Calcutta medical institutions reports 1871-78
Year: 1871
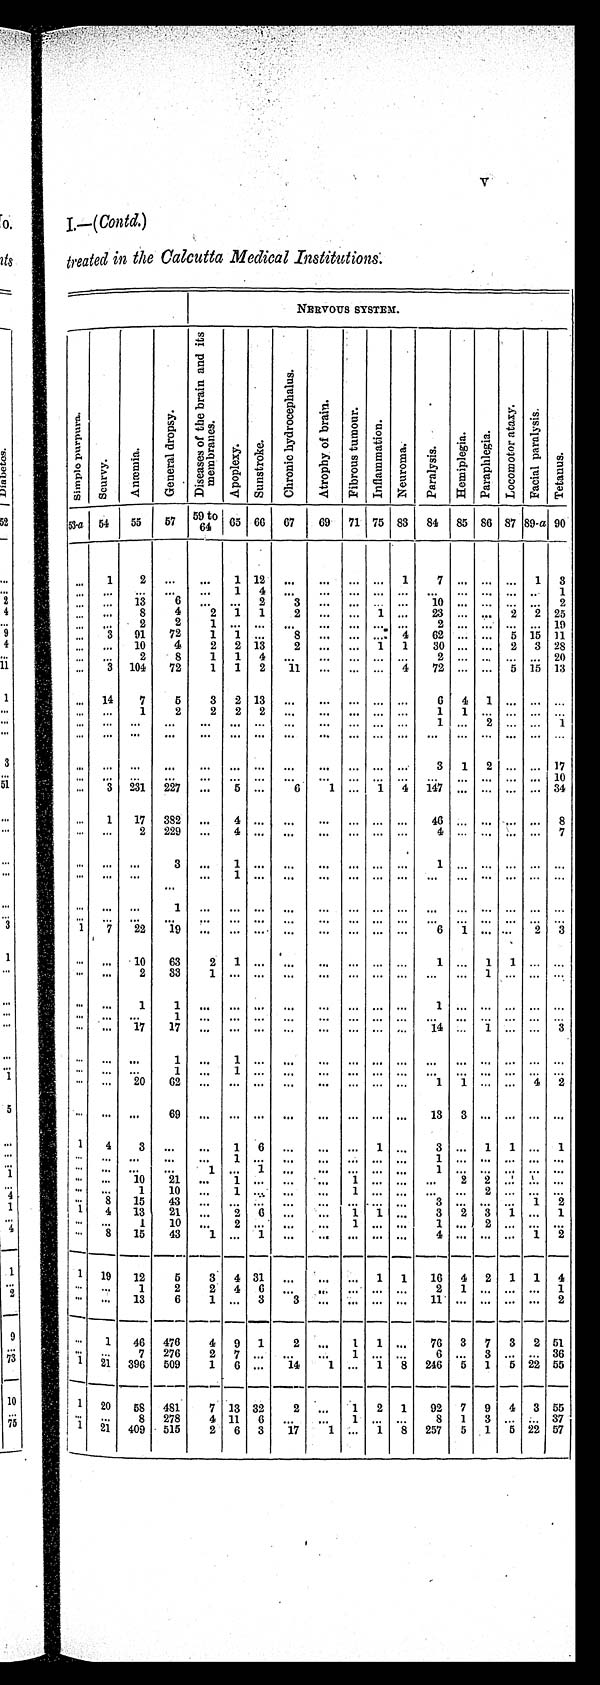
V
I.—( Contd. )
treated in the Calcutta Medical Institutions.
NERVOUS SYSTEM.
S i m p l e p u r p u r a .
S c u r v y .
Anæmi a .
G e n e r a l d r o p s y .
D i s e a s e s o f t h e b r a i n a n d i t s
m e m b r a n m e s .
A p o p l e x y . S u n s t r o k e .
C h r o n i c h y d r o c e p h a l u s .
A t r o p h y o f b r a i n .
F i b r o u s t u m o u r .
I n f l a m m a t i o n .
Ne u r o ma .
P a r a l y s i s .
H e m i p l e g i a . P a r a p h l e g i a .
L o c o m o t o r a t a x y . F a c i a l p a r a l y s i s .
T e t a n u s .
53-a 54 55 57 59 to
64 65 66 67 69 71 75 83 84 85 86 87 89-a 90
. . . 1
2 ... ... 1 12 ... ... ... ... 1
7 ... ... ... 1 3
... ... ...
. . . ... 1 4
. . .
. . . ...
. . . . . .
. . . ... . . . . . . . . . 1
. . . . . . 13
6 . . .
. . . 2
3
. . . ...
. . . . . . 10 ...
. . . . . . . . . 2
. . . . . .
8
4
2 1 1
2
. . . ... 1
. . . 23 ...
. . . 2 2 25
. . .
. . . 2
2
1 ......
. . .
. . . ...
. . . . . . 2 ...
. . . . . .
. . . 19
. . . 3 91 72
1
1 ...
8
. . . ...
. . . 4 62 ... ...
5 15 11
. . . . . . 10
4
2 2 13
2 ... ... 1 1 30 ... ... 2 3 28
. . . . . .
2
8
1 1 4
. . .
. . . ... . . . . . .
2 ...
. . . ... ... 20
... 3 104 72
1 1 2 11
. . . ...
. . . 4 72 ... ... 5 15 13
. . . 14
7
5
3 2 13
. . . . . . ...
. . . . . .
6 4 1 ... ... ...
. . . . . . 1
2
2 2 2
. . . . . . ...
. . . . . .
1 1
. . . . . . . . . . . .
. . . ... ... ... ... ... ... ...
. . . ... ... ...
1 ...
2 . . . . . . 1
. . . . . .
. . .
. . .
. . .
. . . ...
. . .
. . . ... . . . . . .
. . . ... . . . . . . . . . . . .
. . . . . .
. . .
. . .
. . . ......
. . .
. . . ...
. . . . . . 3 1 2 ... ... 17
... ... ... ... ... ... ...
. . . ... ... ... ... ... ... .., ... ... 10
. . . 3 231 227 ... 5 ...
6
1 ... 1 4 147 ... ... ... ... 34
. . . 1
1 7
3 8 2
...
4 ...
. . .
. . . ...
. . . . . .
4 6
...
. . . . . . . . . 8
. . . . . .
2
2 2 9
...
4 ...
. . .
. . . ...
. . . . . .
4 ...
. . . . . . . . . 7
. . .
... ...
3 ...
1 ...
. . .
. . . ...
. . . . . .
1 ...
. . . . . . . . . . . .
. . .
. . . ... ...
. . . 1 ...
. . .
. . . ...
. . . . . .
. . .
...
. . . . . . . . . . . .
. . . . . .
. . . 1 ...
......
. . .
. . . ...
. . . . . .
. . .
...
. . . . . . . . . . . .
. . . . . .
. . .
. . .
. . . . . . ...
. . .
. . . ... ... . . . . . . ... . . . . . . ... . . .
1
7 22 19 ... ... ... ... ... ... ... ...
6 1 ... ... 2 3
. . . ... 10 63
2
1 ...
. . .
. . . ...
. . . . . . 1 ... 1 1 ...
. . .
... ...
2 33 1
......
. . .
. . . ...
. . . . . .
. . .
...
1 . . . . . . . . .
. . . . . . 1
1 ...
......
. . .
. . . ...
. . . . . .
1 ...
. . . . . . . . . . . .
. . . . . . . . . 1 ... ... ... ... ... ... ... ... ... ... ... ... ... ...
. . . . . .
1 7
1 7
...
......
. . .
. . . ...
. . . . . .
1 4
...
1 . . . . . . 3
. . . . . .
. . . 1 ... 1 ...
. . .
. . . ...
. . . . . .
. . .
...
. . . . . . . . . . . .
. . . . . .
. . . 1
. . . 1 ...
. . .
. . . ...
. . . . . .
. . .
...
. . . . . . . . . . . .
... ... 20 62 . . . . . . ...
. . .
. . . ... . . . . . .
1 1 ... ... 4 2
. . . . . . ...
69 ... ... ... ... ... ... ... ...
1 3
3
. . . . . . . . . . . .
1 1 4
3 ... ... 1 6 ... ... ... 1 ...
3 ... 1 1 ... 1
. . .
. . .
. . .
. . . ...
1 ...
. . .
. . . ... ... ...
1 ...
. . . . . . . . . . . .
. . .
. . . . .
. . .
. . . 1
. . . 1 ....
. . . . . . . . . .
. . . . . . . . . . . .
1 ...
. . . . . . . . . . . .
. . .
... 10 21 ... 1 ... ... ... 1 ... ... ... 2
2 ...
. . . ...
. . .
. . .
1
1 0
...
1 ...
. . .
. . . 1
. . . . . .
. . .
...
2 . . . . . . . . .
. . .
8 15 43 ...
. . . ... ... ... ... ...
. . . 3 ...
. . . . . . 1 2
1
4 13 21 ...
2 6
. . .
. . . 1 1
. . .
3 2 3 1 ... 1
. . .
. . .
1 10 . . . 2 ... ...
. . . 1 ... ...
1 ...
2 . . . . . . . . .
. . .
8 15 43 1
...1
. . .
. . . ...
. . . . . . 4 ... ... ... 1 2
1 19
12
5
3 4 31
. . .
. . . ...
1 1 16 4 2 1 1 4
. . . ...
1
2
2 4 6
. . . . . . ...
. . . ...
2 1 ... ... ... 1
. . . . . . 13
6
1 ... 3
3
. . . ... ... ...
1 1
...
. . . . . . . . . 2
. . .
1 46 476
4 9 1
2 ... 1 1 . . . 76 3 7 3 2 51
. . . . . . 7 276
2 7 ...
. . .
. . . 1 ... ...
6 ...
3 . . . . . . 36
1 21 396 509
1 6 ... 14
1 ...
1 8 246 5 1 5 22 55
1 20 58 481
7 13 32
2 . . . 1 2 1 92 7 9 4 3 55
. . .
. . .
8
2 7 8 4 11 6 ... ... 1
. . . ...
8 1 3 . . . ... 37
1
21 409 515
2 6 3 17
1 ... 1
8 257 5 1 5 22 57